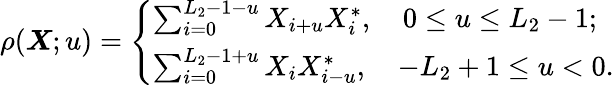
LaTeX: \begin{array}{r}{\rho({\boldsymbol X};u)=\left\{ \begin{array}{ll}{\sum_{i=0}^{L_{2}-1-u}{X_{i+u}}{X_{i}^{*}},\quad 0\leq u\leq L_{2}-1;}\\ {\sum_{i=0}^{L_{2}-1+u}{X_{i}}{X_{i-u}^{*}},\quad-L_{2}+1\leq u<0.}\end{array}\right.}\end{array}